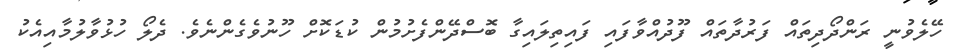
ހޭލެވުނީ ރަންދޯދިތައް ފަރުދާތައް ފޫދުއްވާފައި ފައިތިލައިގާ ބޮސްދޭންފެށުމުން ކުޑަކޮށް ހޫނުވެގެންނެވެ. ދެލޯ ހުޅުވާލުމާއިއެކު